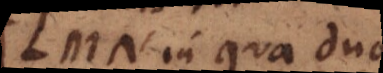
LMN, in qua duo